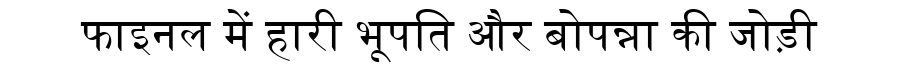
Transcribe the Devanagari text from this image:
फाइनल में हारी भूपति और बोपन्ना की जोड़ी